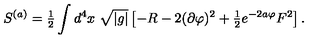
S ^ { ( a ) } = { \textstyle \frac { 1 } { 2 } } \int d ^ { 4 } x \ \sqrt { | g | } \left[ - R - 2 ( \partial \varphi ) ^ { 2 } + { \textstyle \frac { 1 } { 2 } } e ^ { - 2 a \varphi } F ^ { 2 } \right] .